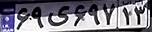
۶۹ی۶۹۷۱۳